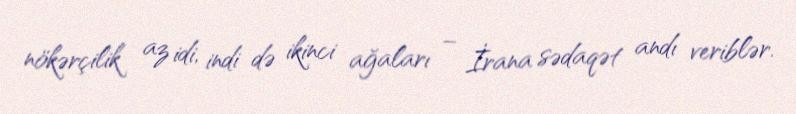
nökərçilik az idi, indi də ikinci ağaları – İrana sədaqət andı veriblər.